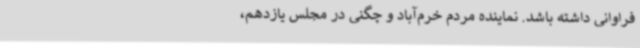
فراوانی داشته باشد. نماینده مردم خرم‌آباد و چگنی در مجلس یازدهم،